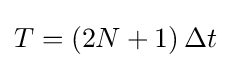
T=(2N+1)\,\Delta t